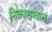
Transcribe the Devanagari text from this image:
निकाराग्वात